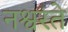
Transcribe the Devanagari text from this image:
नश्वरते